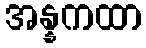
အန္နကထာ